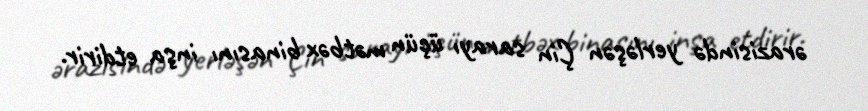
ərazisində yerləşən Çin sarayı üçün mətbəx binasını inşa etdirir.